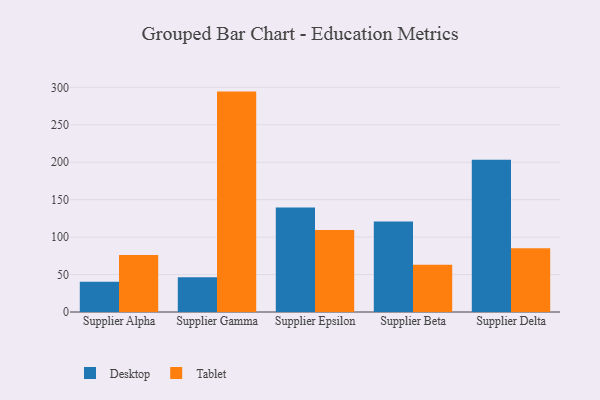
{"axis": {"x": "Supplier", "y": "Energy Usage (MWh)"}, "legend": ["Desktop", "Tablet"], "data": [{"x": "Supplier Alpha", "y": 40.4, "type": "Desktop"}, {"x": "Supplier Alpha", "y": 76.2, "type": "Tablet"}, {"x": "Supplier Gamma", "y": 46.4, "type": "Desktop"}, {"x": "Supplier Gamma", "y": 294.3, "type": "Tablet"}, {"x": "Supplier Epsilon", "y": 139.5, "type": "Desktop"}, {"x": "Supplier Epsilon", "y": 109.6, "type": "Tablet"}, {"x": "Supplier Beta", "y": 120.9, "type": "Desktop"}, {"x": "Supplier Beta", "y": 63.2, "type": "Tablet"}, {"x": "Supplier Delta", "y": 203.4, "type": "Desktop"}, {"x": "Supplier Delta", "y": 85.2, "type": "Tablet"}]}